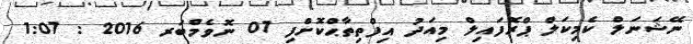
ނޭޝަނަލް ކެމިކަލް ޕްރޮފައިލް މިއަދު އިފްތިތާޙްކޮށްފި 07 ނޮވެމްބަރ 2016 : 1:07